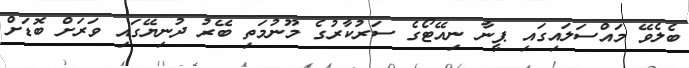
ބެލެވޭ މައްސަލައިގައި ޕީނާ ނިއޭޓޯގެ ސަރުކާރުގެ މޫނުމަތި ބޭރު ދުނިޔޭގައި ވަރަށް ބޮޑަށް